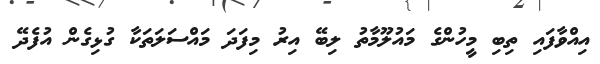
އިއްވާފައި ތިބި މީހުންގެ މައުލޫމާތު ލިބޭ އިރު މިފަދަ މައްސަލަތަކާ ގުޅިގެން އުފެދޭ